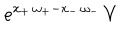
e ^ { x _ { + } \, \omega _ { + } - x _ { - } \, \omega _ { - } } \, V